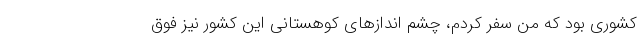
کشوری بود که من سفر کردم، چشم اندازهای کوهستانی این کشور نیز فوق‌